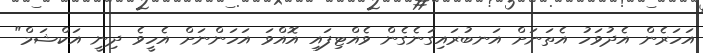
އަހަރެން އެދުވަހު އެތަނަށް އަނބުރައިގަނެގެން ވެއްޓިފައި އޮއްވަ އަހަންނަށް އެހީވެ ދިނީ އަކްޝަމް"